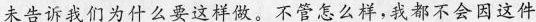
未告诉我们为什么要这样做。不管怎么样，我都不会因这件